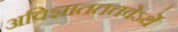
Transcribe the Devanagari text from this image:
अविज्ञाततत्तवेऽर्थे